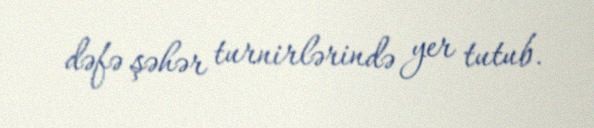
dəfə şəhər turnirlərində yer tutub.